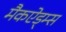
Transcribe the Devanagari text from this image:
मैकऐड्म्स